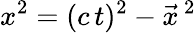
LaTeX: x^{2}=(c\, t)^{2}-\vec{x}\, ^{2}